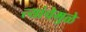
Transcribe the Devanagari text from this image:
त्यांचेमुळे